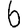
Digit: 6